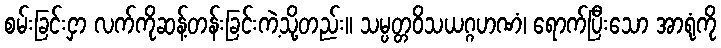
စမ်းခြင်းငှာ လက်ကိုဆန့်တန်းခြင်းကဲ့သို့တည်း။ သမ္ပတ္တဝိသယဂ္ဂဟဏံ၊ ရောက်ပြီးသော အာရုံကို